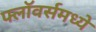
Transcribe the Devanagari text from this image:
फ्लॉवर्समध्ये